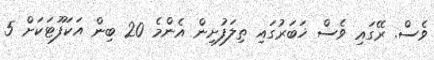
ވެސް. ރޭގައި ވެސް ޚަބަރުގައި ތިލަފުށިން އެންމެ 20 ބިން އަކަފޫޓަކަށް 5